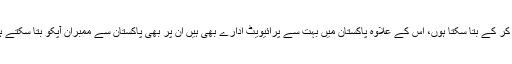
باقی لاہور سے انجینئرنگ یونیورسٹی پر مجھے معلوم ھے مگر حالیہ کنفرم کر کے بتا سکتا ہوں، اس کے علاوہ پاکستان میں بہت سے پرائیویٹ ادارے بھی ہیں ان پر بھی پاکستان سے ممبران آپکو بتا سکتے ہیں، یہاں ایک ممبر کومسیٹس میں ٹیوٹر ہیں ان کی خدمات بھی حاصل کریں۔